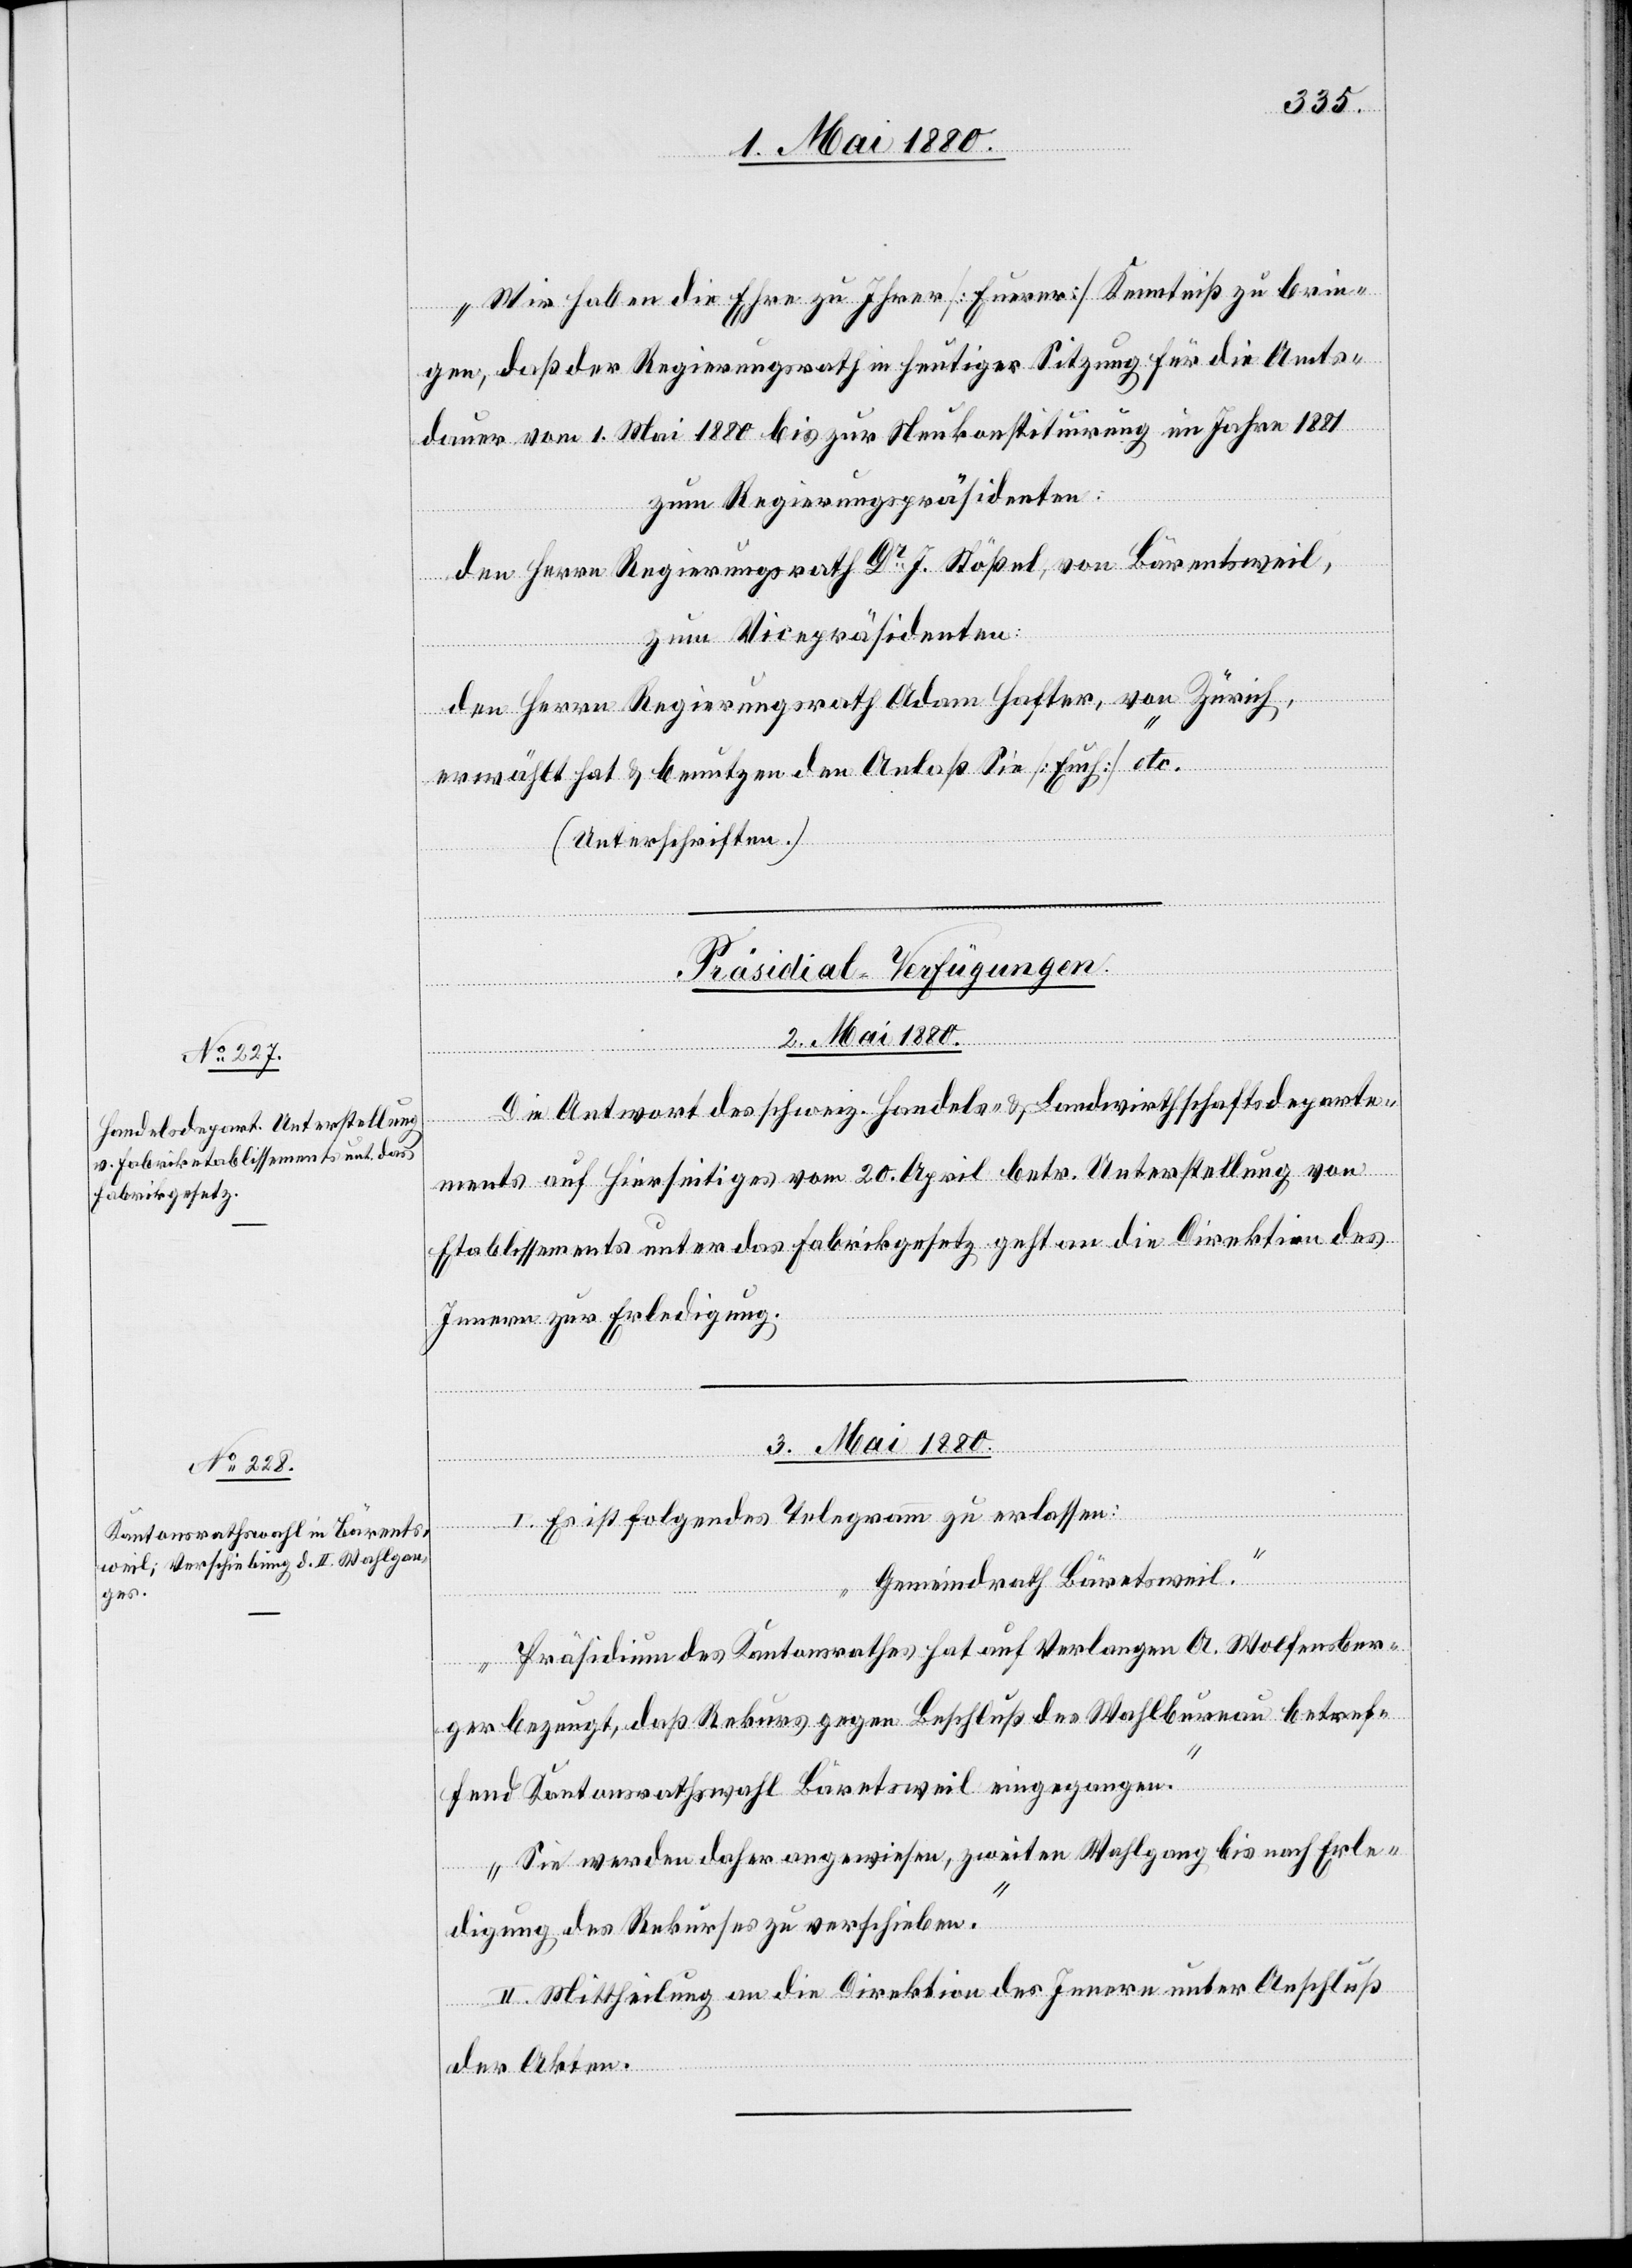
„Wir haben die Ehre zu Ihrer [Euerer] Kenntniß zu brin¬
gen, daß der Regierungsrath in heutiger Sitzung für die Amts¬
dauer vom 1. Mai 1880 bis zur Neukonstituirung im Jahre 1881
zum Regierungspräsidenten:
den Herrn Regierungsrath Dr J. Stößel, von Bärentsweil,
zum Vicepräsidenten:
den Herrn Regierungsrath Adam Hafter, von Zürich,
erwählt hat & benutzen den Anlaß Sie [Euch]“ etc.
(Unterschriften.)
[Präsidial-Verfügungen.]
2. Mai 1880.
s-
ments auf hierseitiges vom 20. April betr. Unterstellung von
Etablissements unter das Fabrikgesetz geht an die Direktion des
Innern zur Erledigung.
3. Mai 1880.
I. Es ist folgendes Telegramm zu erlassen:
Kantonsrathswahl Bärets¬
„Gemeindrath Bärentsweil.
Präsidium des Kantonsrathes hat auf Verlangen A. Wolfensber¬
angen.
ger bezeugt, daß Rekurs gegen Beschluß des Wahlbureau betref¬
Sie werden daher angewiesen, zweiten Wahlgang bis nach Erle¬
eingeg¬
digung des Rekurses zu verschieben.“
II. Mittheilung an die Direktion des Innern unter Anschluß
der Akten.